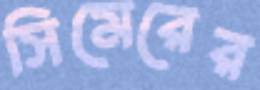
সিমেরের